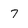
Character: 7